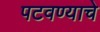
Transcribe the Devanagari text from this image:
पटवण्याचे